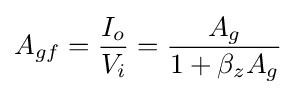
A_{gf}={\frac {I_{o}}{V_{i}}}={\frac {A_{g}}{1+\beta _{z}A_{g}}}